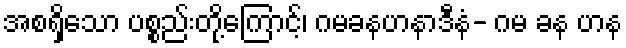
အစရှိသော ပစ္စည်းတို့ကြောင့်၊ ဂမခနဟနာဒီနံ- ဂမ ခန ဟန